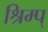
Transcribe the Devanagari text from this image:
श्रिम्प्